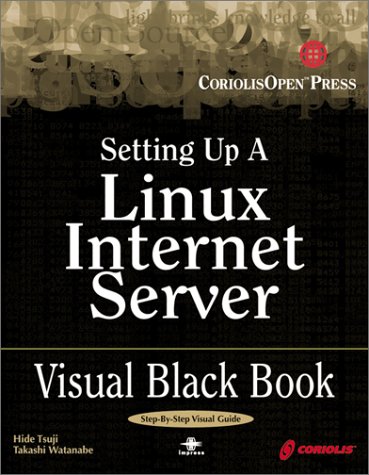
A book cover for Setting Up A Linux Internet Server Visual Black Book: A Visual Guide to Using Linux as an Internet Server on a Global Network; Takashi Watanabe; Computers & Technology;